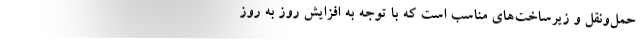
حمل‌ونقل و زیرساخت‌های مناسب است که با توجه به افزایش روز به روزِ